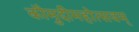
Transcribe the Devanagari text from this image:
कौमुदीमहोत्सवम्